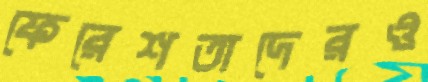
ফেরেশতাদেরও